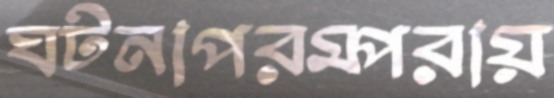
ঘটনাপরম্পরায়